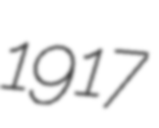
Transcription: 1917